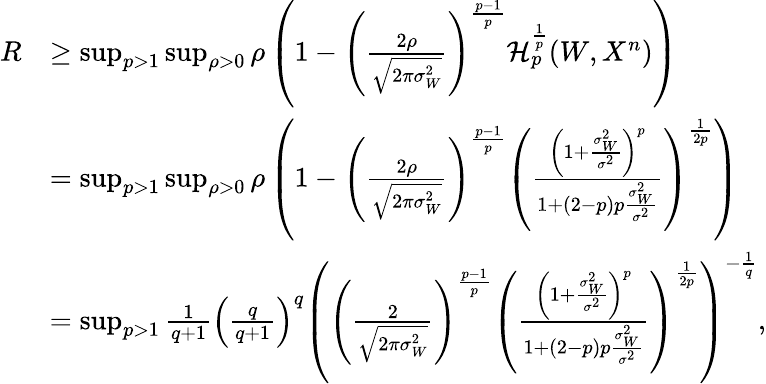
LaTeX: \begin{array}{rl}{R}&{\geq\operatorname*{sup}_{p>1}\operatorname*{sup}_{\rho>0}\rho\left(1-\left(\frac{2\rho}{\sqrt{2\pi\sigma_{W}^{2}}}\right)^{\frac{p-1}{p}}\mathcal{H}_{p}^{\frac{1}{p}}(W,X^{n})\right)}\\ &{=\operatorname*{sup}_{p>1}\operatorname*{sup}_{\rho>0}\rho\left(1-\left(\frac{2\rho}{\sqrt{2\pi\sigma_{W}^{2}}}\right)^{\frac{p-1}{p}}\left(\frac{\left(1+\frac{\sigma_{W}^{2}}{\sigma^{2}}\right)^{p}}{1+(2-p)p\frac{\sigma_{W}^{2}}{\sigma^{2}}}\right)^{\frac{1}{2p}}\right)}\\ &{=\operatorname*{sup}_{p>1}\frac{1}{q+1}\left(\frac{q}{q+1}\right)^{q}\left(\left(\frac{2}{\sqrt{2\pi\sigma_{W}^{2}}}\right)^{\frac{p-1}{p}}\left(\frac{\left(1+\frac{\sigma_{W}^{2}}{\sigma^{2}}\right)^{p}}{1+(2-p)p\frac{\sigma_{W}^{2}}{\sigma^{2}}}\right)^{\frac{1}{2p}}\right)^{-\frac{1}{q}},}\end{array}